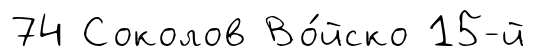
74 Соколов Во́йско 15-й